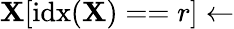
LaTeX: \mathbf{X}[\textrm{{idx}}(\mathbf{X})==r]\leftarrow